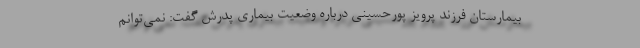
بیمارستان فرزند پرویز پورحسینی درباره وضعیت بیماری پدرش گفت: نمی‌توانم